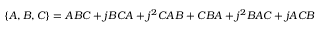
\{ A , B , C \} = A B C + j B C A + j ^ { 2 } C A B + C B A + j ^ { 2 } B A C + j A C B